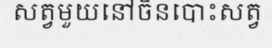
សត្វមួយនៅចិនបោះសត្វ